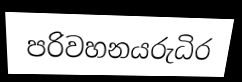
පරිවහනයරුධිර